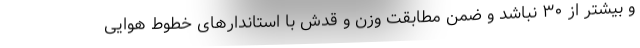
و بیشتر از ۳۰ نباشد و ضمن مطابقت وزن و قدش با استاندارهای خطوط هوایی